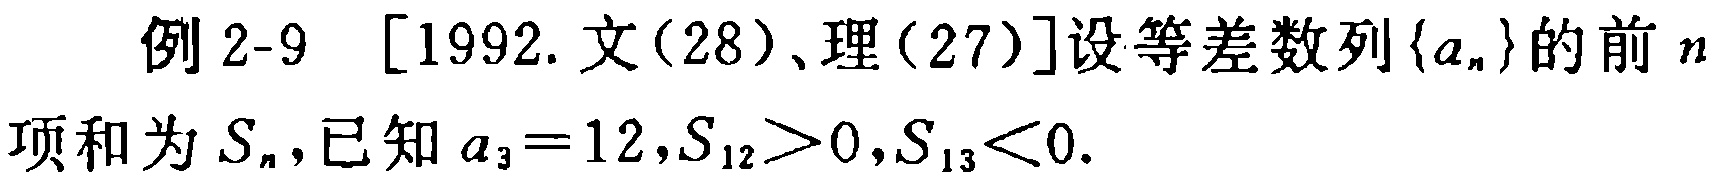
例 2-9 [1992. 文(28)、理(27)]设等差数列\(\{a_{n}\}\)的前\(n\)项和为\(S_{n}\),已知\(a_{3}=12,S_{12}>0,S_{13}<0\).